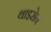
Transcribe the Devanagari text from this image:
थाइसेन